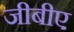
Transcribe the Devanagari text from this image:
जीबीए